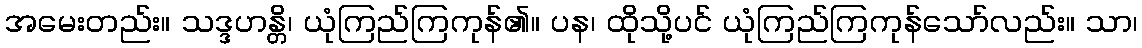
အမေးတည်း။ သဒ္ဒဟန္တိ၊ ယုံကြည်ကြကုန်၏။ ပန၊ ထိုသို့ပင် ယုံကြည်ကြကုန်သော်လည်း။ သာ၊